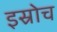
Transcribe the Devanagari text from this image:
इस्रोच